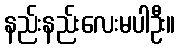
နည်းနည်းလေးမပါဦး။